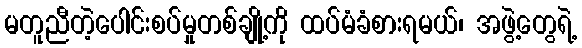
မတူညီတဲ့ပေါင်းစပ်မှုတစ်ချို့ကို ထပ်မံခံစားရမယ်၊ အဖွဲ့တွေရဲ့